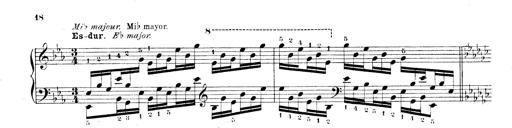
Title: Technische Studien
Composer: Franz Liszt